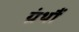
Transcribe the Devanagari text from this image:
ग्रंथौं